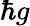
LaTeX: \hbar g